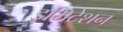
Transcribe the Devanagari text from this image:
इमिटेशन